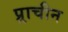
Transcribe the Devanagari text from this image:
प्र्राचीन